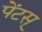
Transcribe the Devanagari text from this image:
पेंटस्